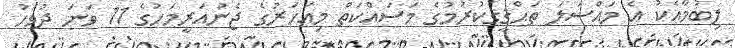
ލިބުމާއެކު އެ މައްސަލަ ތަޙްޤީޤުކުރުމުގެ މަސައްކަތް މިއަހަރުގެ ޖެނުއަރީމަހުގެ 11 ވަނަ ދުވަހު